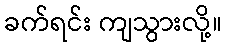
ခက်ရင်း ကျသွားလို့။